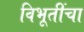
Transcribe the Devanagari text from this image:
विभूतींचा